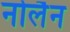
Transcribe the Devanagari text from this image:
नोलैन